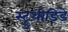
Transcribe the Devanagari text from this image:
स्ट्रुथीडिडे